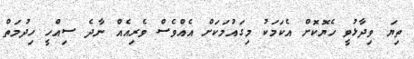
ތިޔަ ވިދާޅުވީ ހެޔޮކޮށް އެކަމަކު މިގައުމަކަށް އެއްވެސް ވެރިއެއް ނާދެ ސިއްހީ ހިދުމަތް